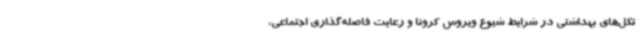
تکل‌های بهداشتی در شرایط شیوع ویروس کرونا و رعایت فاصله‌گذاری اجتماعی،